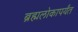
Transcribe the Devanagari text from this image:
ब्रह्मलोकापर्यंत